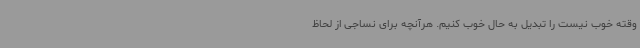
وقته خوب نیست را تبدیل به حال خوب کنیم. هرآنچه برای نساجی از لحاظ